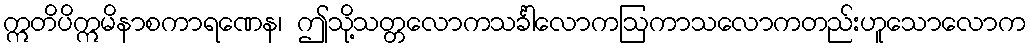
ဣတိပိဣမိနာစကာရဏေန၊ ဤသို့သတ္တလောကသင်္ခါလောကဩကာသလောကတည်းဟူသောလောက